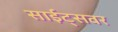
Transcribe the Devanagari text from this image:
साईट्सवर